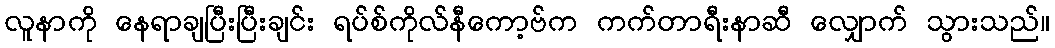
လူနာကို နေရာချပြီးပြီးချင်း ရပ်စ်ကိုလ်နီကော့ဗ်က ကက်တာရီးနာဆီ လျှောက် သွားသည်။